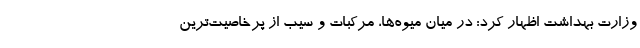
وزارت بهداشت اظهار کرد: در میان میوه‌ها، مرکبات و سیب از پرخاصیت‌ترین